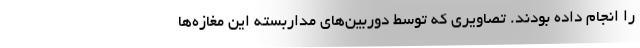
را انجام داده بودند. تصاویری که توسط دوربین‌های مداربسته این مغازه‌ها